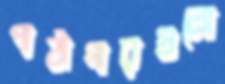
পাঠাগারগুলো